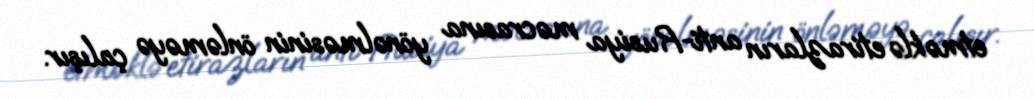
etməklə etirazların anti-Rusiya məcrasına yönəlməsinin önləməyə çalışır.